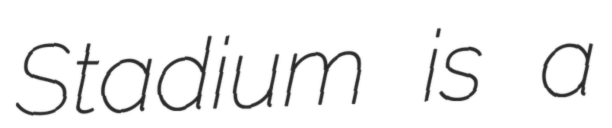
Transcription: Stadium is a